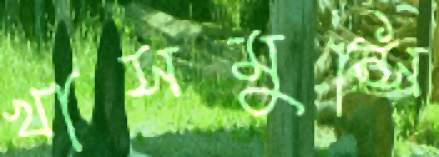
খাসমুন্সি